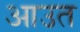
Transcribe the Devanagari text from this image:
आउत